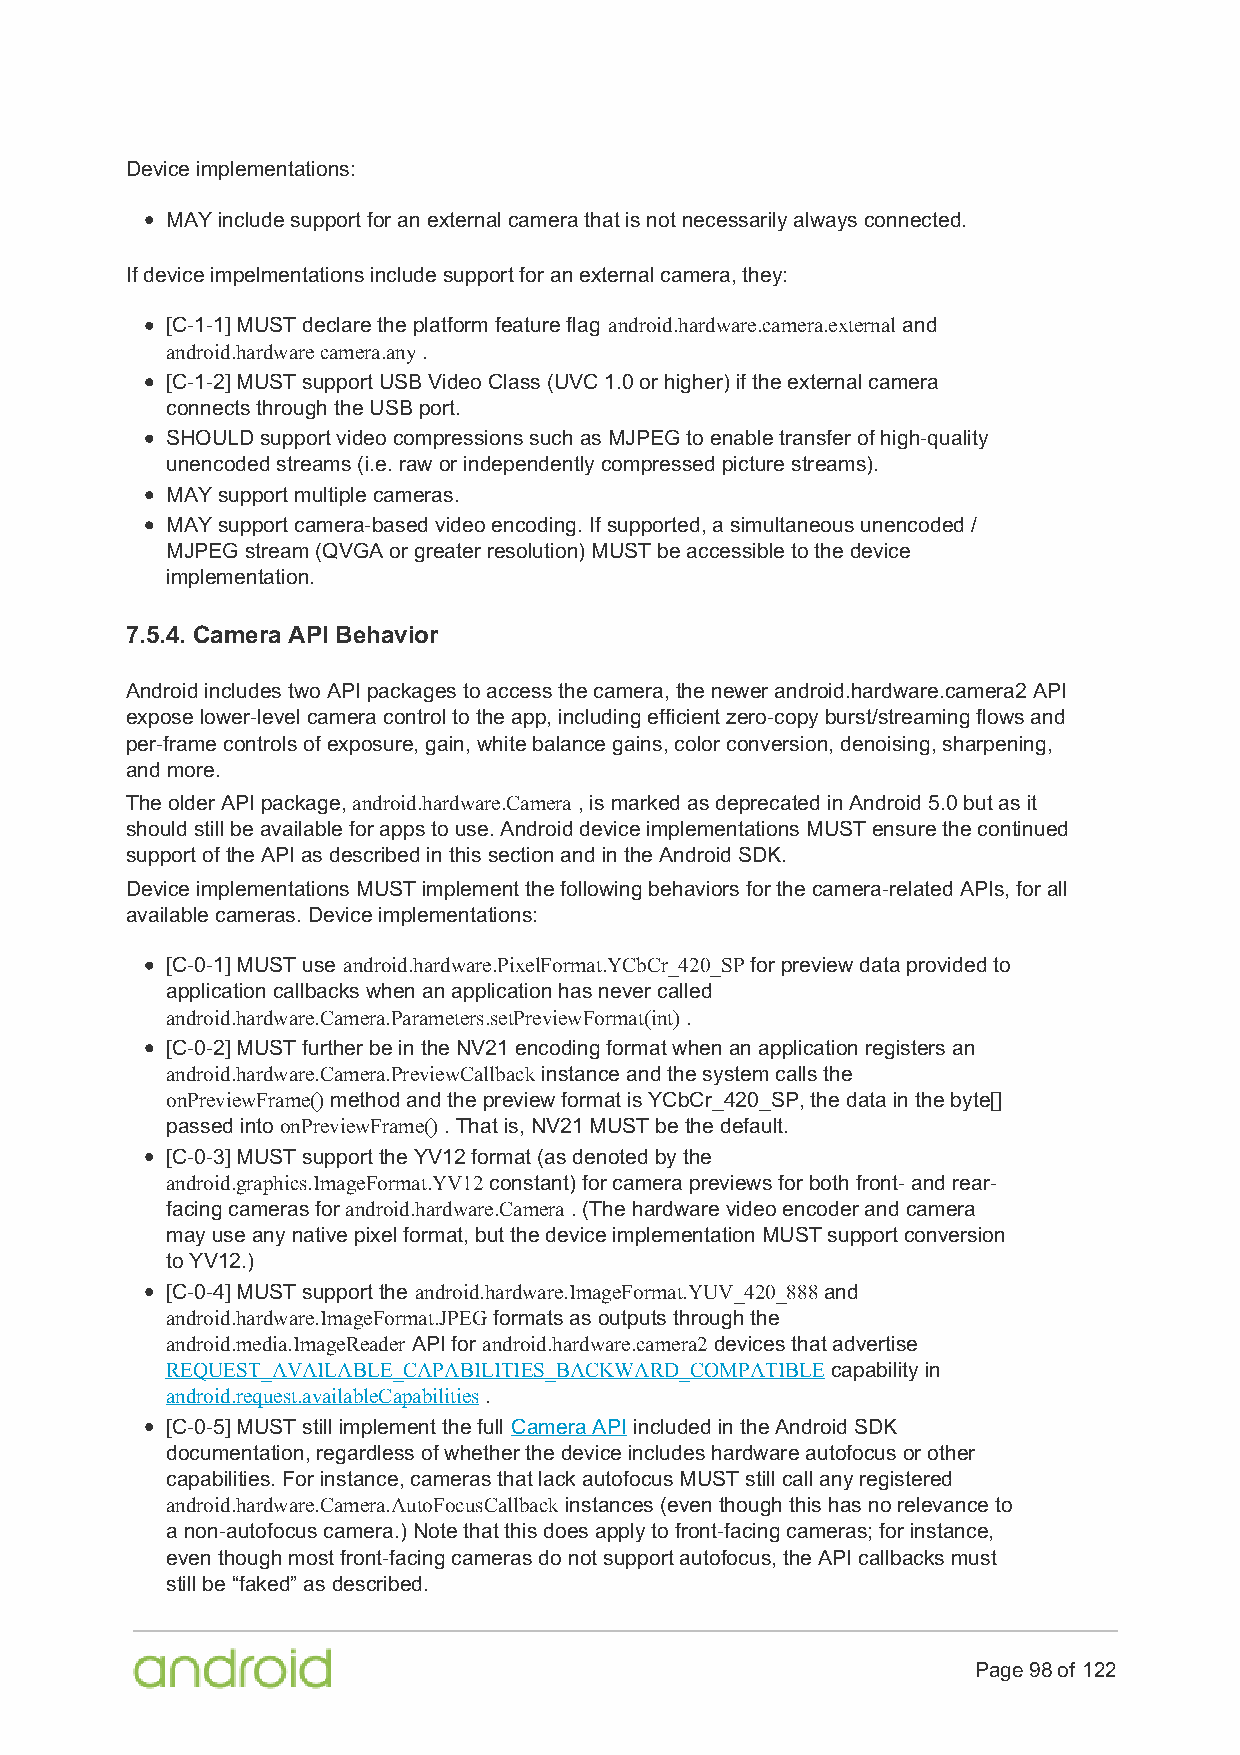
Device implementations:
 MAY include support for an external camera that is not necessarily always connected.
 If device impelmentations include support for an external camera, they:
 [C-1-1] MUST declare the platform feature flag android.hardware.camera.external and
 android.hardware camera.any .
 [C-1-2] MUST support USB Video Class (UVC 1.0 or higher) if the external camera
 connects through the USB port.
 SHOULD support video compressions such as MJPEG to enable transfer of high-quality
 unencoded streams (i.e. raw or independently compressed picture streams).
 MAY support multiple cameras.
 MAY support camera-based video encoding. If supported, a simultaneous unencoded /
 MJPEG stream (QVGA or greater resolution) MUST be accessible to the device
 implementation.
 7.5.4. Camera API Behavior
 Android includes two API packages to access the camera, the newer android.hardware.camera2 API
 expose lower-level camera control to the app, including efficient zero-copy burst/streaming flows and
 per-frame controls of exposure, gain, white balance gains, color conversion, denoising, sharpening,
 and more.
 The older API package, android.hardware.Camera , is marked as deprecated in Android 5.0 but as it
 should still be available for apps to use. Android device implementations MUST ensure the continued
 support of the API as described in this section and in the Android SDK.
 Device implementations MUST implement the following behaviors for the camera-related APIs, for all
 available cameras. Device implementations:
 [C-0-1] MUST use android.hardware.PixelFormat.YCbCr_420_SP for preview data provided to
 application callbacks when an application has never called
 android.hardware.Camera.Parameters.setPreviewFormat(int) .
 [C-0-2] MUST further be in the NV21 encoding format when an application registers an
 android.hardware.Camera.PreviewCallback instance and the system calls the
 onPreviewFrame() method and the preview format is YCbCr_420_SP, the data in the byte[]
 passed into onPreviewFrame() . That is, NV21 MUST be the default.
 [C-0-3] MUST support the YV12 format (as denoted by the
 android.graphics.ImageFormat.YV12 constant) for camera previews for both front- and rear-
 facing cameras for android.hardware.Camera . (The hardware video encoder and camera
 may use any native pixel format, but the device implementation MUST support conversion
 to YV12.)
 [C-0-4] MUST support the android.hardware.ImageFormat.YUV_420_888 and
 android.hardware.ImageFormat.JPEG formats as outputs through the
 android.media.ImageReader API for android.hardware.camera2 devices that advertise
 REQUEST_AVAILABLE_CAPABILITIES_BACKWARD_COMPATIBLE capability in
 android.request.availableCapabilities .
 [C-0-5] MUST still implement the full Camera API included in the Android SDK
 documentation, regardless of whether the device includes hardware autofocus or other
 capabilities. For instance, cameras that lack autofocus MUST still call any registered
 android.hardware.Camera.AutoFocusCallback instances (even though this has no relevance to
 a non-autofocus camera.) Note that this does apply to front-facing cameras; for instance,
 even though most front-facing cameras do not support autofocus, the API callbacks must
 still be “faked” as described.
 Page 98 of 122